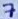
Text: 7